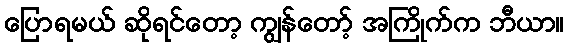
ပြောရမယ် ဆိုရင်တော့ ကျွန်တော့် အကြိုက်က ဘီယာ။